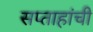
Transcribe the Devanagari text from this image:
सप्ताहांची